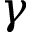
\gamma